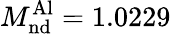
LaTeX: M_{\mathrm{nd}}^{\mathrm{Al}}=1.0229\, \